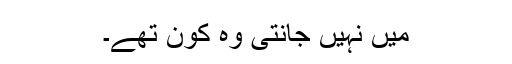
میں نہیں جانتی وہ کون تھے۔